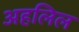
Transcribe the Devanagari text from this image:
अहलिल